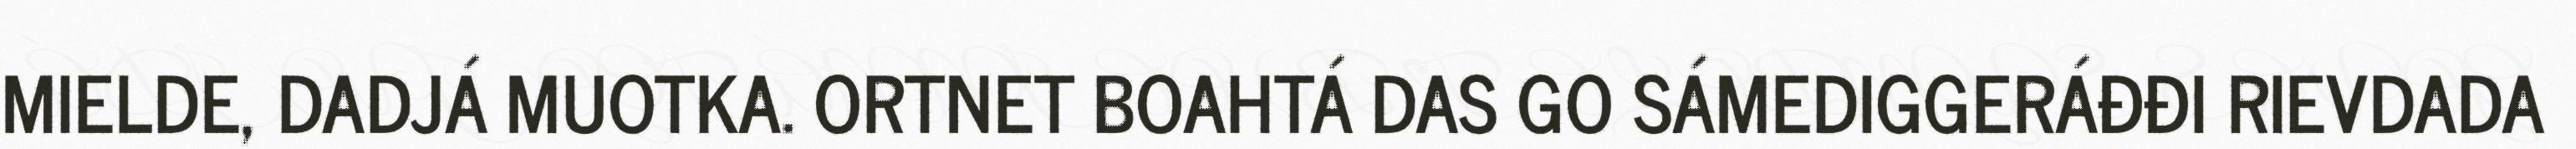
MIELDE, DADJÁ MUOTKA. ORTNET BOAHTÁ DAS GO SÁMEDIGGERÁĐĐI RIEVDADA